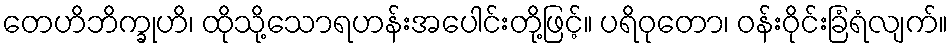
တေဟိဘိက္ခုဟိ၊ ထိုသို့သောရဟန်းအပေါင်းတို့ဖြင့်။ ပရိဝုတော၊ ဝန်းဝိုင်းခြံရံလျက်။